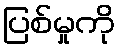
ပြစ်မှုကို